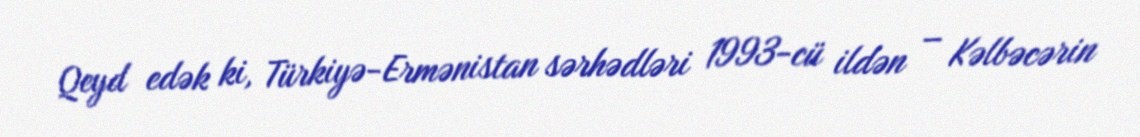
Qeyd edək ki, Türkiyə-Ermənistan sərhədləri 1993-cü ildən – Kəlbəcərin